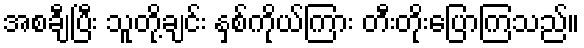
အစချီပြီး သူတို့ချင်း နှစ်ကိုယ်ကြား တီးတိုးပြောကြသည်။